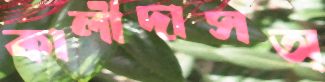
কালীদাসঅ্